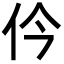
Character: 仱